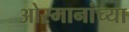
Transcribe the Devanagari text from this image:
ओस्मानांच्या